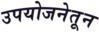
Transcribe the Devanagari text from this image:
उपयोजनेतून